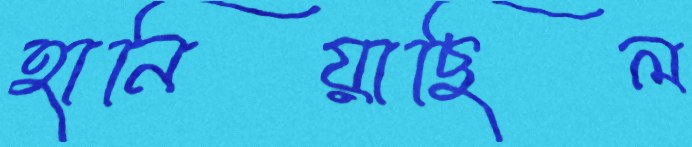
হানিয়াছিল